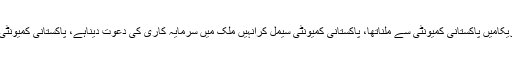
ان کا کہنا تھا امریکاجانے کے4مقصدتھے، مجھے امریکامیں پاکستانی کمیونٹی سے ملناتھا، پاکستانی کمیونٹی سیمل کرانہیں ملک میں سرمایہ کاری کی دعوت دیناہے، پاکستانی کمیونٹی کوموٹیویٹ کرناہے کہ امریکی سیاست میں کام کریں۔